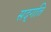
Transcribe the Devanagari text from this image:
सद्‍गति